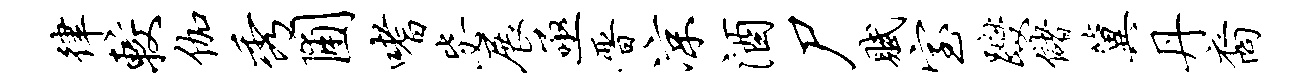
律较伽秀圃嗜毖展亟晋凉酒尸赋室躞储冀丹裔